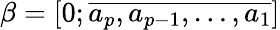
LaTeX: \beta=[0;\overline{{a_{p},a_{p-1},\ldots,a_{1}}}]